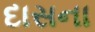
દાસના